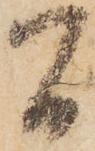
間